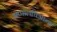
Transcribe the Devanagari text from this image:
अप्पालचिआन्स